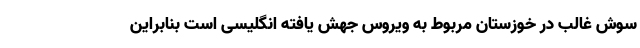
سوش غالب در خوزستان مربوط به ویروس جهش یافته انگلیسی است بنابراین